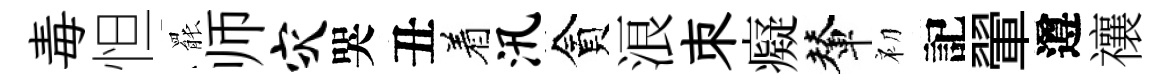
毒怛罷师灾哭丑着汛貪浪朿癡輦初記翬遵禳